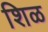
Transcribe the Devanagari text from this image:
शिळ